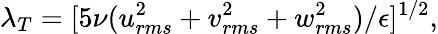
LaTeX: \lambda_{T}=[5\nu(u_{rms}^{2}+v_{rms}^{2}+w_{rms}^{2})/\epsilon]^{1/2},